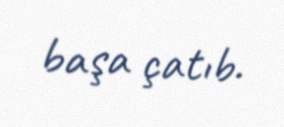
başa çatıb.